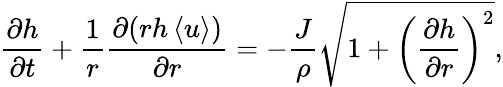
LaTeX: \frac{\partial h}{\partial t}+\frac{1}{r}\frac{\partial(rh\left\langle u\right\rangle)}{\partial r}=-\frac{J}{\rho}\sqrt{1+\left(\frac{\partial h}{\partial r}\right)^{2}},